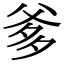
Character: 爹